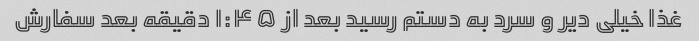
غذا خیلی دیر و سرد به دستم رسید بعد از ۱:۴۵ دقیقه بعد سفارش